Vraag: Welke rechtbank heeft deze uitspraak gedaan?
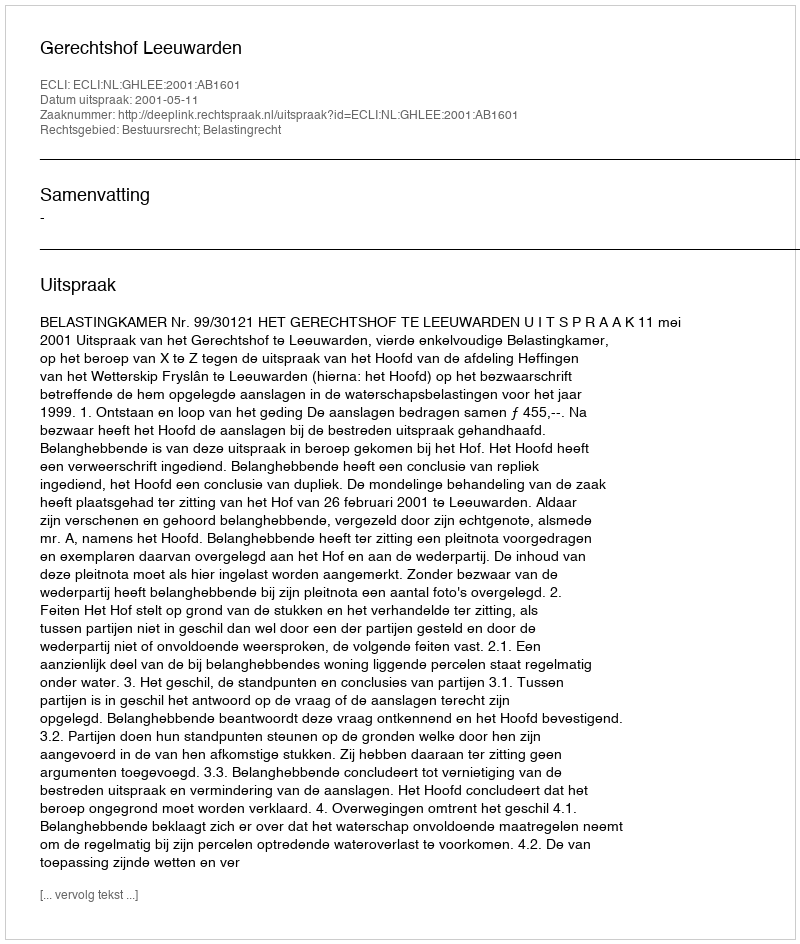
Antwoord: Gerechtshof Leeuwarden